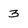
Character: 3